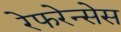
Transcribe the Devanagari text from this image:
रेफरेन्सेस